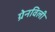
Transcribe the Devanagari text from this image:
ग्रेनविली